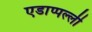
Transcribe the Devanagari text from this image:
एडाप्पल्ली